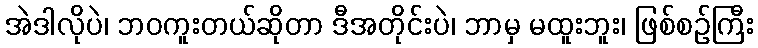
အဲဒါလိုပဲ၊ ဘဝကူးတယ်ဆိုတာ ဒီအတိုင်းပဲ၊ ဘာမှ မထူးဘူး၊ ဖြစ်စဉ်ကြီး